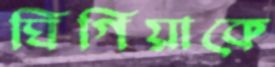
ঘিগিয়াকে